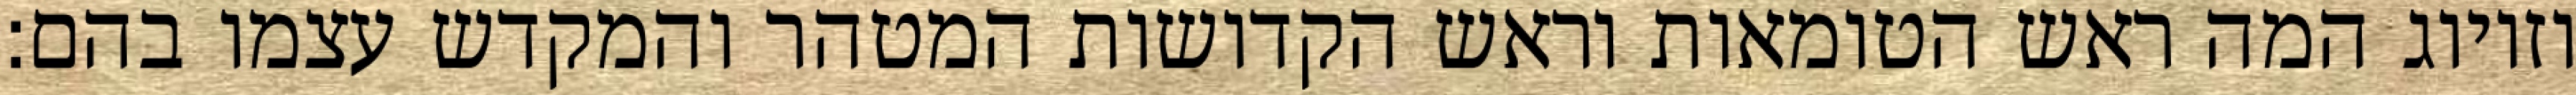
וזיווג המה ראש הטומאות וראש הקדושות המטהר והמקדש עצמו בהם: